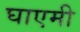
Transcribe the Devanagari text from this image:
घाएमी